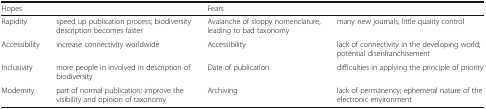
<table><thead><tr><td><b>Hopes</b></td><td></td><td><b>Fears</b></td><td></td></tr></thead><tbody><tr><td>Rapidity</td><td>speed up publication process; biodiversity description becomes faster</td><td>Avalanche of sloppy nomenclature, leading to bad taxonomy</td><td>many new journals, little quality control</td></tr><tr><td>Accessibility</td><td>increase connectivity worldwide</td><td>Accessibility</td><td>lack of connectivity in the developing world; potential disenfranchisement</td></tr><tr><td>Inclusivity</td><td>more people in involved in description of biodiversity</td><td>Date of publication</td><td>difficulties in applying the principle of priority</td></tr><tr><td>Modernity</td><td>part of normal publication; improve the visibility and opinion of taxonomy</td><td>Archiving</td><td>lack of permanency; ephemeral nature of the electronic environment</td></tr></tbody></table>